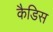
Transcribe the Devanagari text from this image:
कैडिस